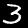
Digit: 3